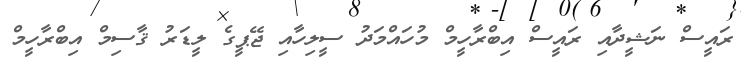
ރައީސް ނަޝީދާއި ރައީސް އިބްރާހީމް މުހައްމަދު ސީލިހާއި ޖޭޕީގެ ލީޑަރު ޤާސިމް އިބްރާހީމް